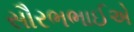
સૌરભભાઈએ